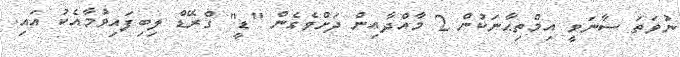
ނުވަތަ ސާނަވީ އިމްތިޙާނަކުން 2 މާއްދާއިން ދަށްވެގެން "ޑީ" ގްރޭޑް ލިބިފައިވުމާއެކު އައި.